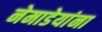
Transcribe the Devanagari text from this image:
नेमाडेयांना